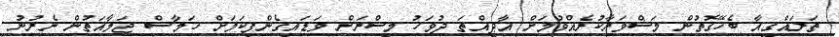
ތަރައްގީއާ ބެހޭގޮތުން މަޝްވަރާކުރެއްވުމަށް އާދީއްތަ ދުވަހު މިސްރަށް ވަޑައިގެންފިކަމަށް ހަމާސް ޖަމާއަތުން ނެރުނު